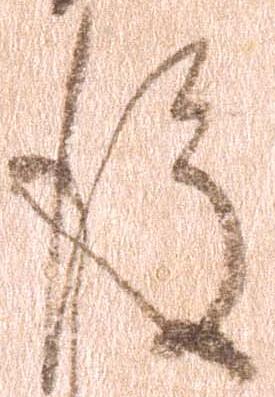
後